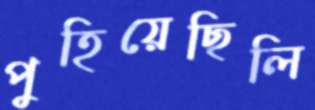
পুহিয়েছিলি